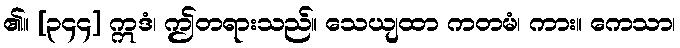
၏။ [၃၄၄] ဣဒံ၊ ဤတရားသည်။ သေယျထာ ကတမံ၊ ကား။ ကေသာ၊